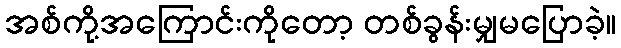
အစ်ကို့အကြောင်းကိုတော့ တစ်ခွန်းမျှမပြောခဲ့။